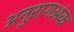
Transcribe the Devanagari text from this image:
अनुरागअंक